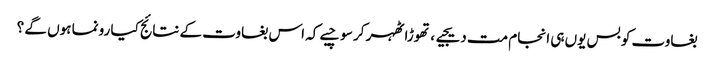
بغاوت کو بس یوں ہی انجام مت دیجیے ، تھوڑا ٹھہر کر سوچیے کہ اس بغاوت کے نتائج کیا رونما ہوں گے ؟